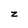
Character: z